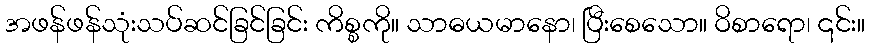
အဖန်ဖန်သုံးသပ်ဆင်ခြင်ခြင်း ကိစ္စကို။ သာဓယမာနော၊ ပြီးစေသော။ ဝိစာရော၊ ၎င်း။